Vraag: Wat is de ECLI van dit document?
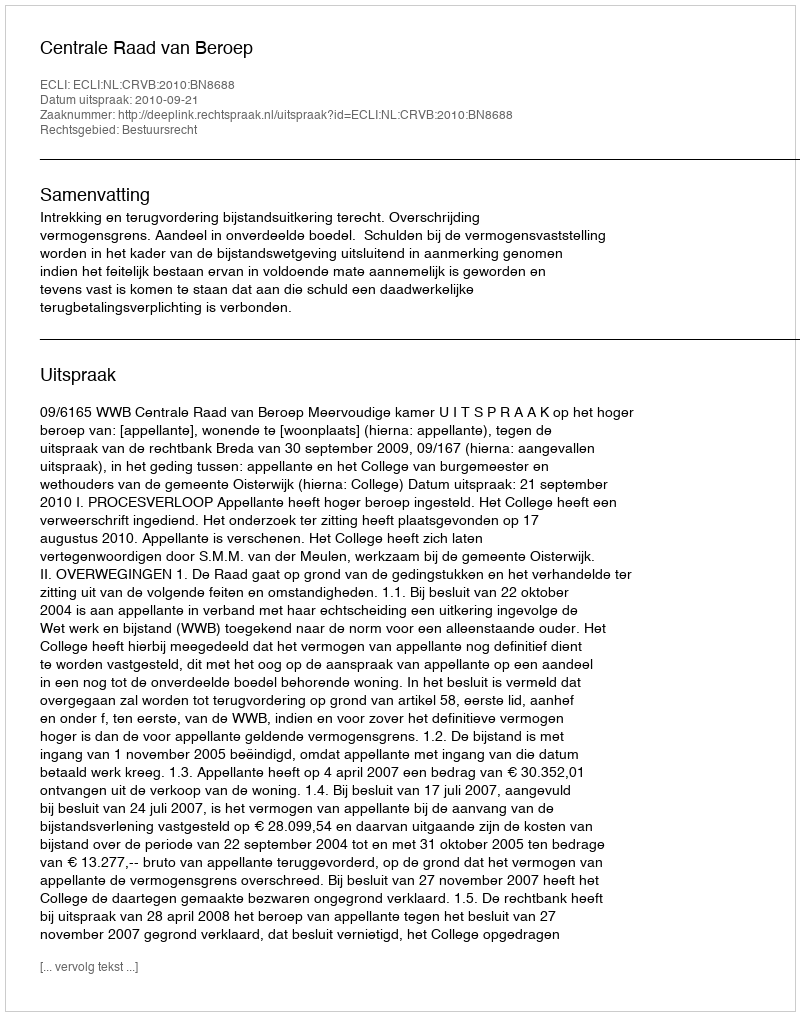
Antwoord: ECLI:NL:CRVB:2010:BN8688